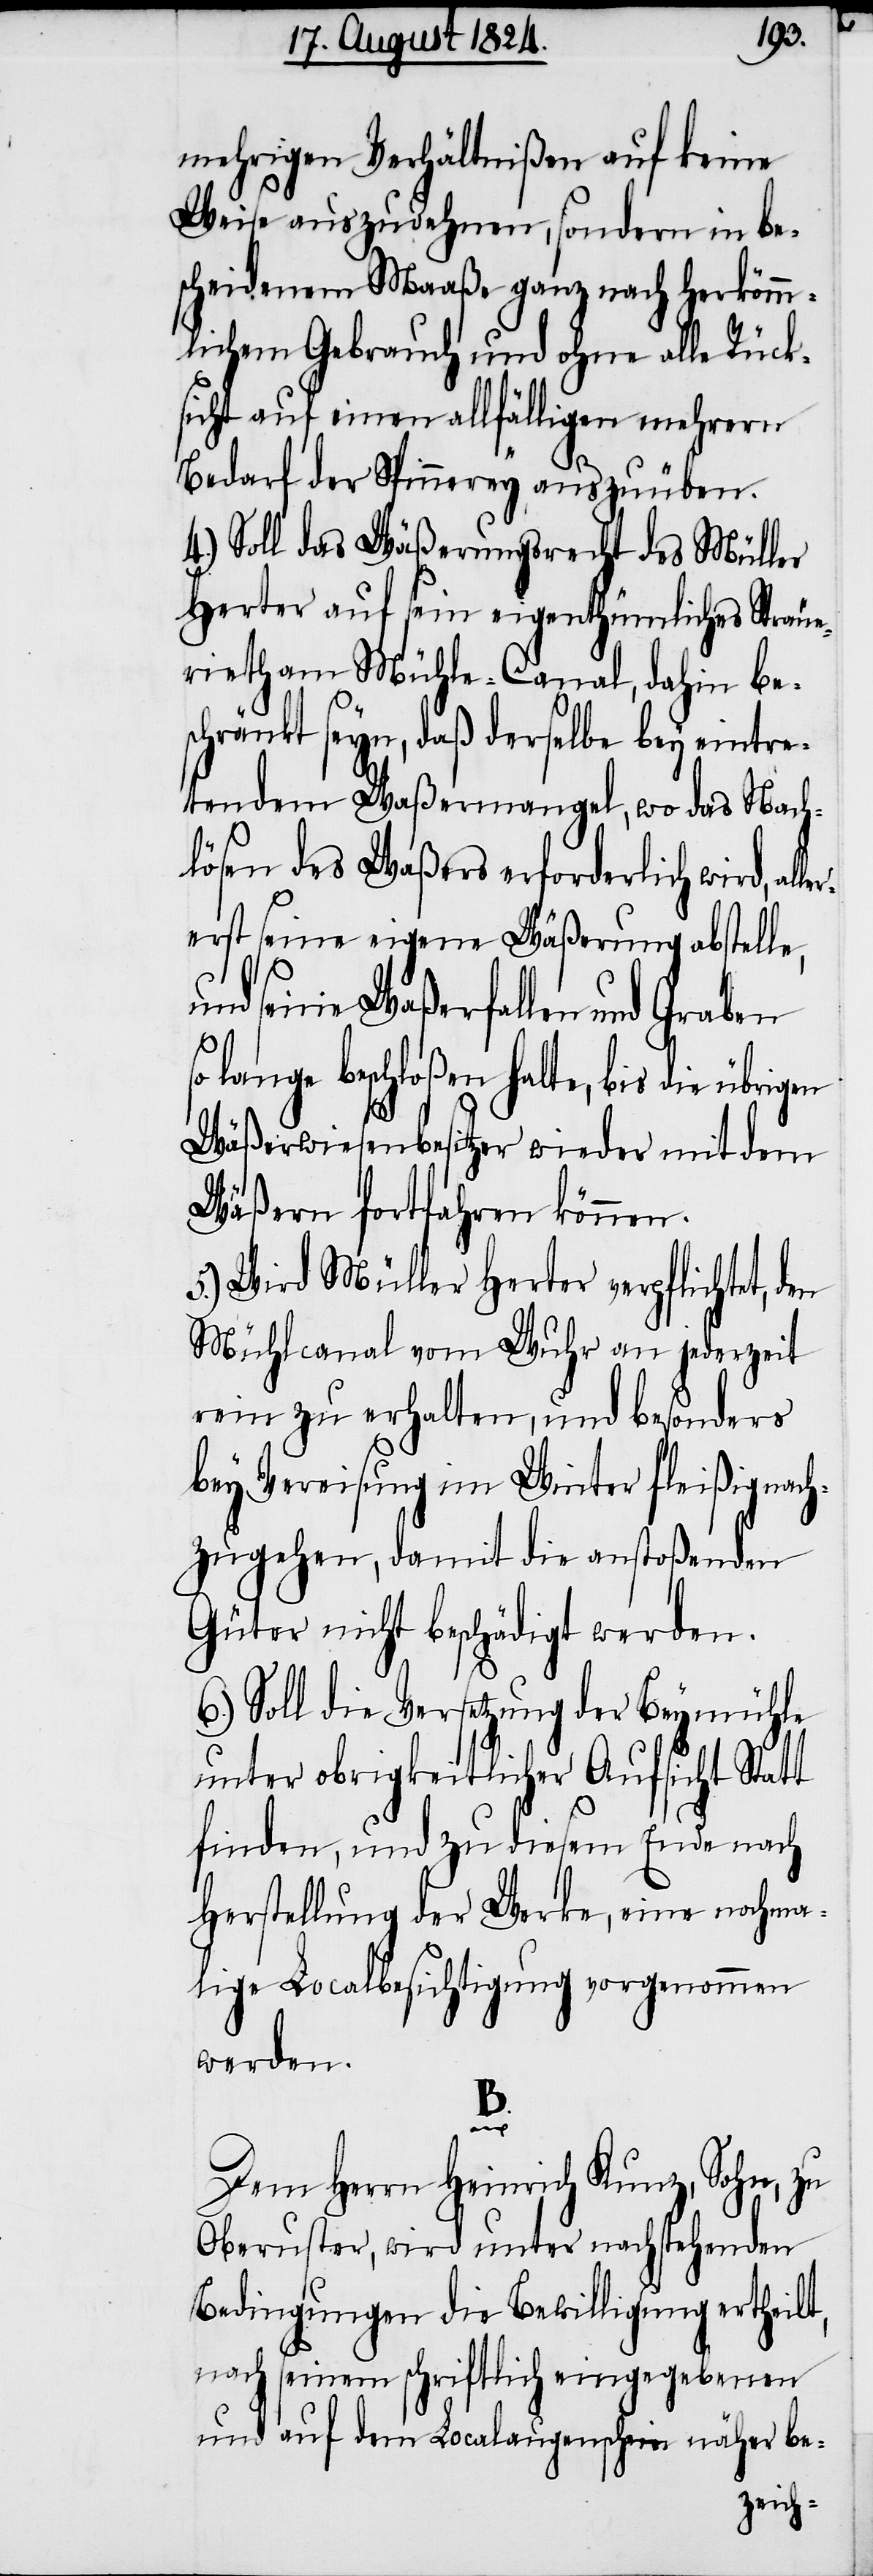
mehrigen Verhältnißen auf keine
Weise auszudehnen, sondern in be¬
scheidenem Maaße ganz nach herkömm¬
lichem Gebrauch und ohne alle Rück¬
sicht auf einen allfälligen mehrern
Bedarf der Spinnerey auszuüben.
4.) Soll das Wäßerungsrecht des Müller
Herter auf sein eigenthümliches Sträue¬
rieth am Mühle-Canal, dahin be¬
schränkt seyn, daß derselbe bey eintre¬
tendem Waßermangel, wo das Nach¬
lösen des Waßers erforderlich wird, al¬
erst seine eigene Wäßerung abstelle,
und seine Waßerfallen und Graben
lange beschloßen hatte, bis die
Wäßerwiesenbesitzer wieder mit dem
Wäßern fortfahren können.
5.) Wird Müller Herter verpflichtet, d¬
Mühlcanal vom Wuhr an jederzeit
rein zu erhalten, und besonders
bey Vereisung im Winter fleißig nach¬
zugehen, damit die anstoßenden
Güter nicht beschädigt werden.
6.) Soll die Versetzung der Beymühle
unter obrigkeitlicher Aufsicht Statt
finden, und zu diesem Ende nach
Herstellung der Werke, eine nochma¬
lige Localbesichtigung vorgenommen
werden.
B.
en
Dem Herrn Heinrich Kunz, Sohn, zu
Oberuster, wird unter nachstehenden
Bedingungen die Bewilligung ertheilt,
nach seinem schriftlich eingegebenen
und auf dem Localaugenschein näher be-